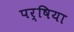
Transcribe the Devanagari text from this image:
पर्षिया